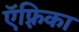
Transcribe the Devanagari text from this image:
ऍफ़्रिका